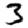
Digit: 3